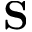
{ \bf \cal S }